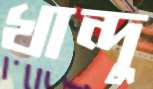
খান্দু